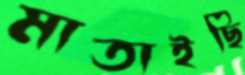
মাতাইছি